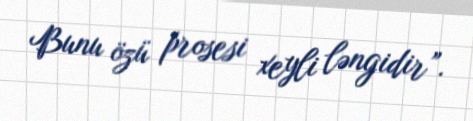
Bunu özü prosesi xeyli ləngidir”.